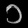
Digit: ၁